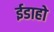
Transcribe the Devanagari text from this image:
ईडाहो